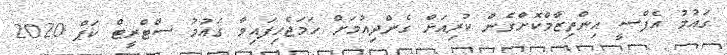
ގައުމު އެފްސީ އިންތިޒާމްކޮށްގެން ކުރިއަށް ގެންދިއުމަށް ހަމަޖެހިފައިވާ ގައުމު ސްޓްރީޓް ކަޕް 2020